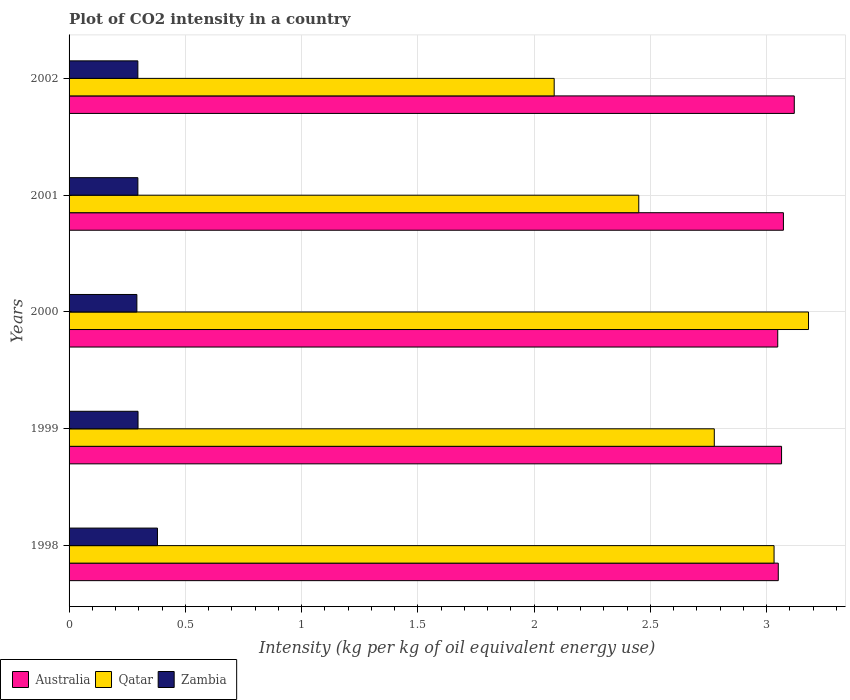
| Years | Australia | Qatar | Zambia |
 | --- | --- | --- | --- |
 | 1998 | 3.05 | 3.03 | 0.38 |
 | 1999 | 3.06 | 2.78 | 0.297 |
 | 2000 | 3.05 | 3.18 | 0.292 |
 | 2001 | 3.07 | 2.45 | 0.296 |
 | 2002 | 3.12 | 2.09 | 0.296 |